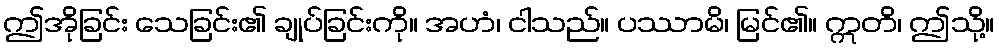
ဤအိုခြင်း သေခြင်း၏ ချုပ်ခြင်းကို။ အဟံ၊ ငါသည်။ ပဿာမိ၊ မြင်၏။ ဣတိ၊ ဤသို့။